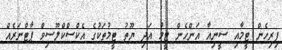
ފިރިހެން ޓީމާއި ސީނިއާ އަންހެން ޓީމު އަދި ޔޫތު ޓީމުތަކުގެ އެކްސްކްލޫސިވް ޕާޓްނަރެއް